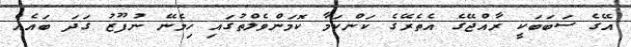
އޭގެ ސަބަބަކީ ރާއްޖޭގެ އެތެރޭގެ ކަންކަމާ ކޮމަންވެލްތުގައި ހިމެނޭ ނުފޫޒު ގަދަ ބައެއް